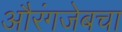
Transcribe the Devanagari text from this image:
औरंगजेबचा